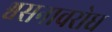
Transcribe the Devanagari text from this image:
श्वसनावरोध